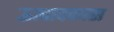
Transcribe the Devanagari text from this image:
ऊत्पादकास